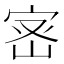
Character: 宻